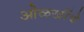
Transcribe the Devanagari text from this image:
ओळखींचे